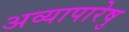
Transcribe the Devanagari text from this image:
अव्यापारेषु